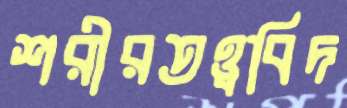
শরীরতত্ত্ববিদ